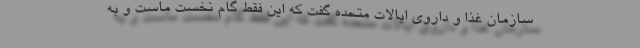
سازمان غذا و داروی ایالات متحده گفت که این فقط گام نخست ماست و به